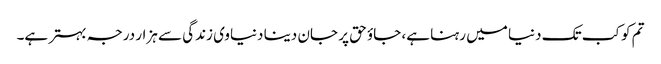
تم کو کب تک دنیا میں رہنا ہے، جاؤ حق پر جان دینا دنیاوی زندگی سے ہزار درجہ بہتر ہے۔